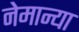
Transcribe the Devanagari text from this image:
नेमान्या